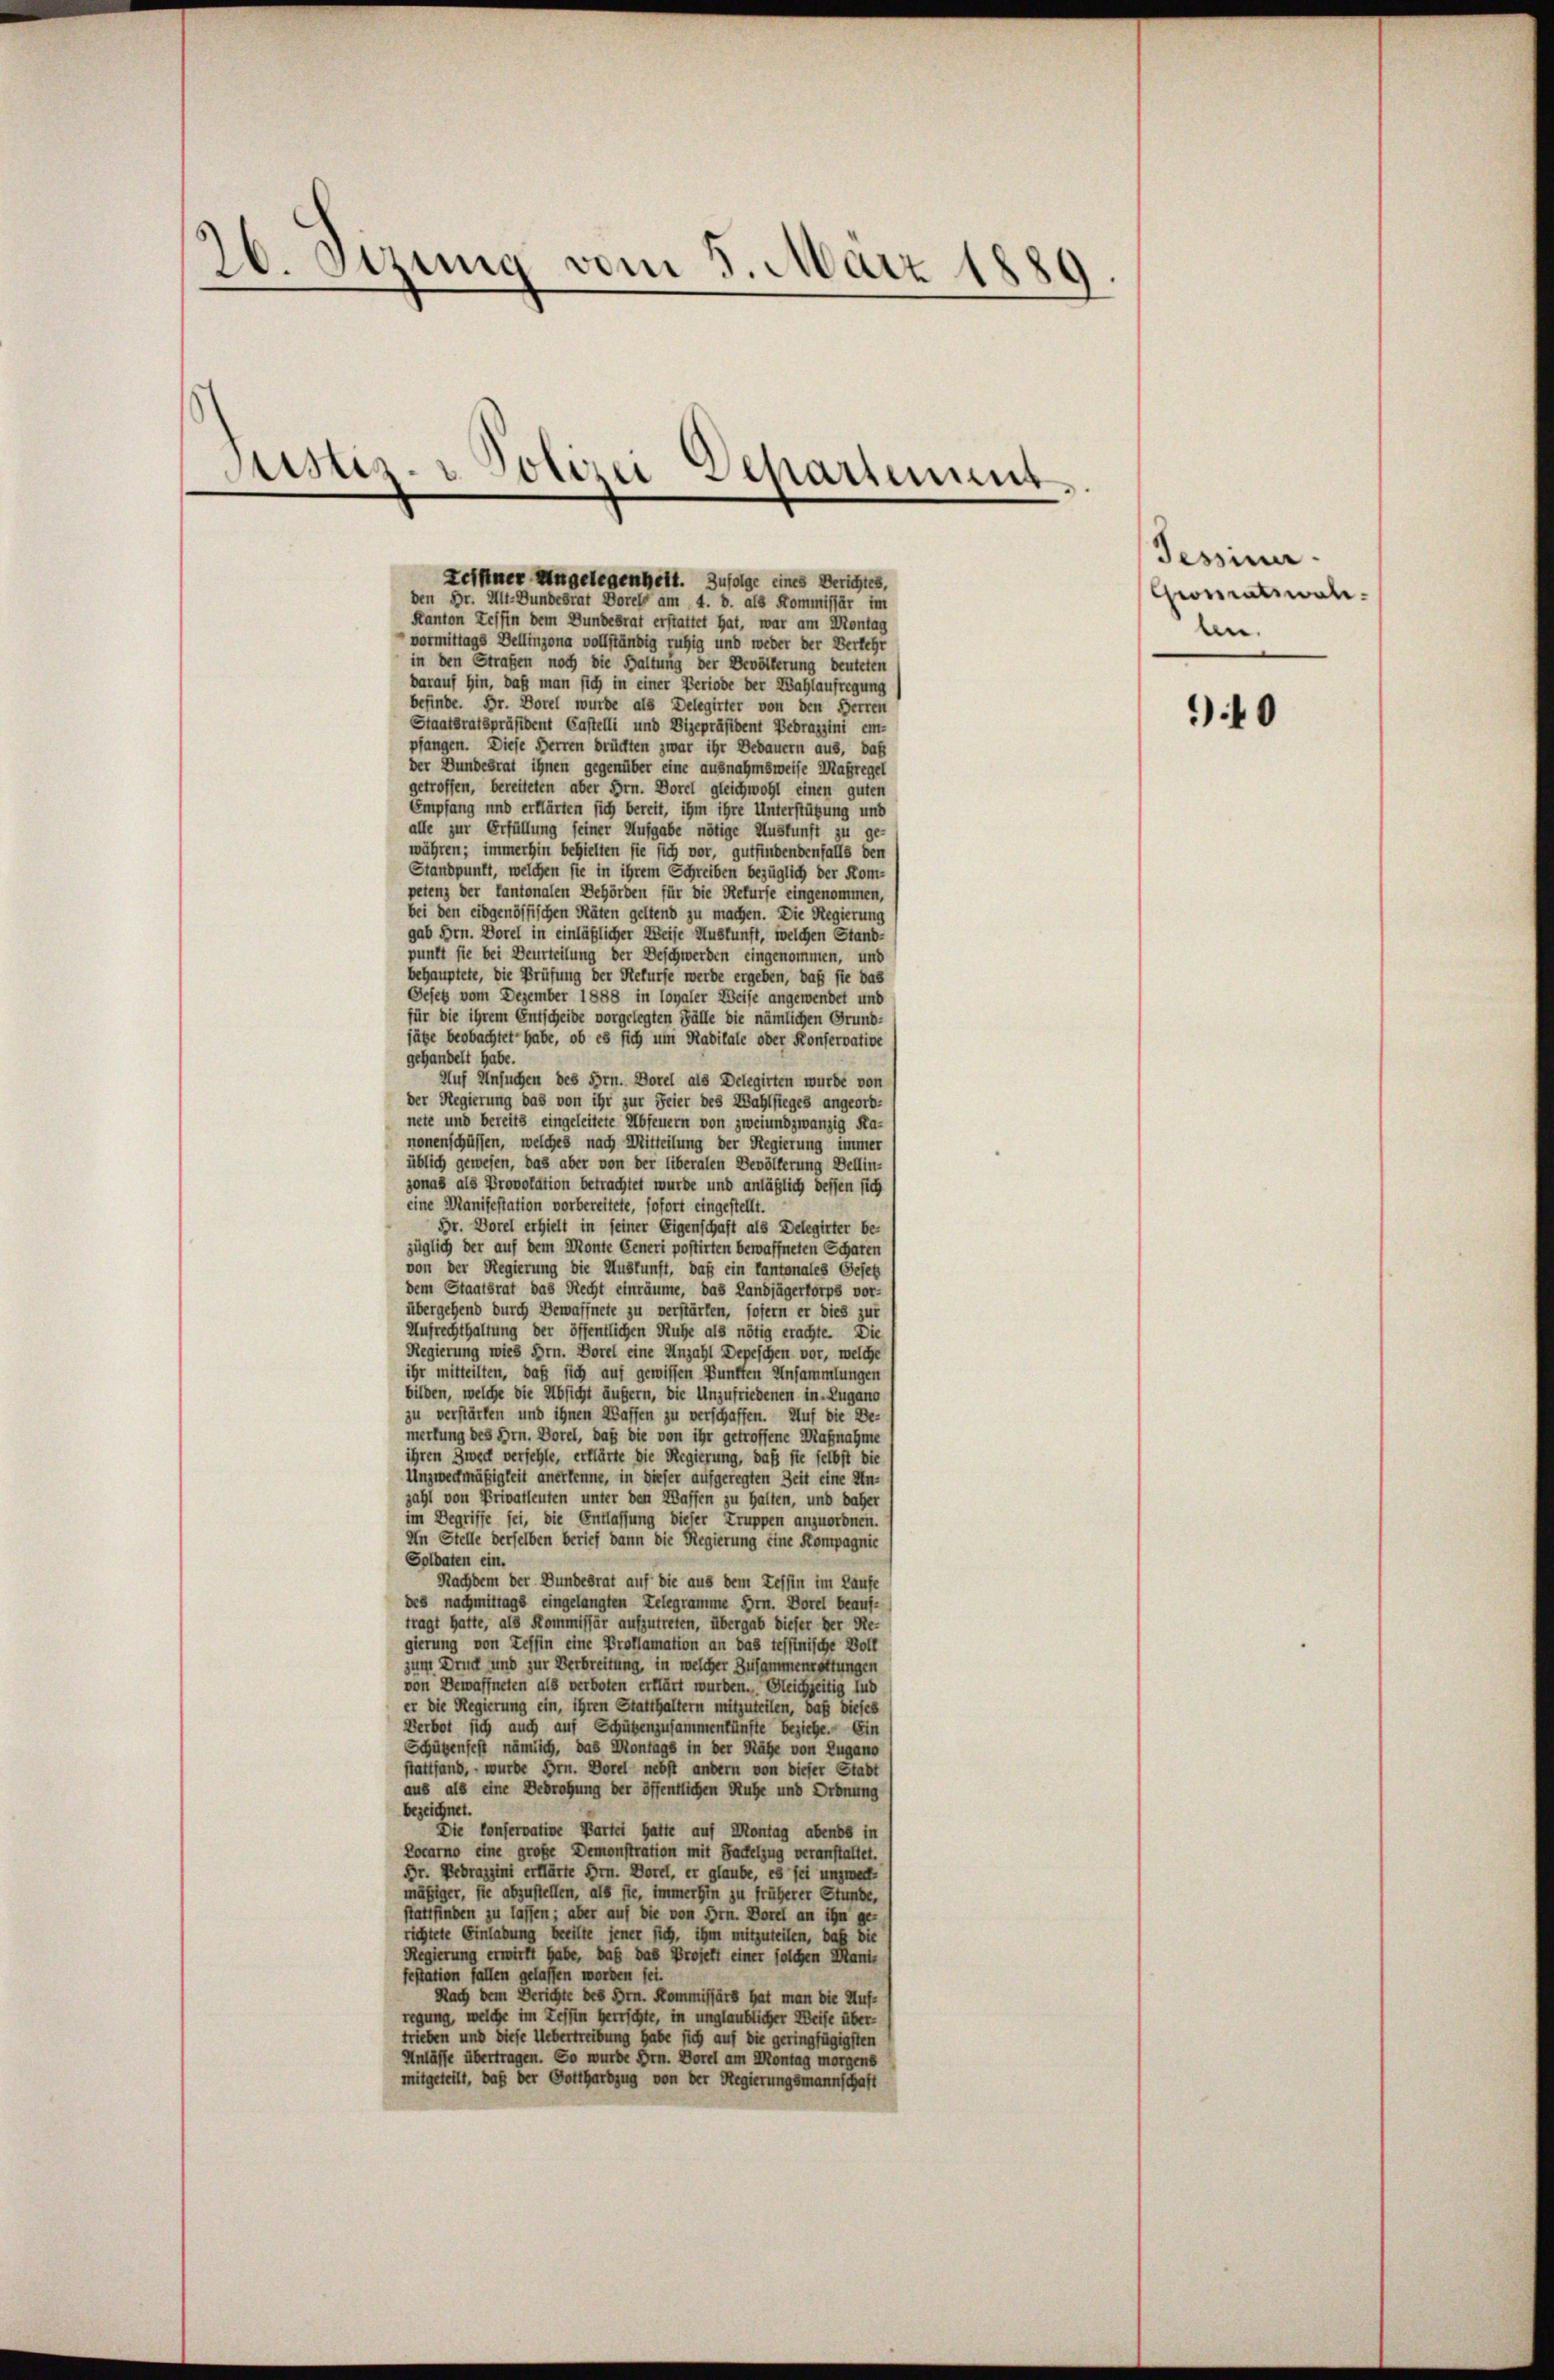
26. Sizung vom 5. März 1889.

Sistiz- & Polizei Scharsammt.

Leiner Angelegenheit. Zufolge eines Berichtes,
den Gr. Alt-Bundesrat Borel am 4. b. als Kommissär im
Kanton Tessin dem Bundesrat erstattet hat, war am Montag
vormittags Dellinzona vollständig ruhig und weder der Verkehr
in den Straßen noch die Haltung der Bevölkerung deuteten
darauf hin, daß man sich in einer Periode der Wahlaufregung
befinde. Dr. Dorel wurde als Delegirter von den Herren
Staatsratspräsident Castelli und Vizepräsident Bedragini ein-
pfangen. Diese Herren drückten zwar ihr Bedauern aus, das
der Bundesrat ihnen gegenüber eine ausnahmsweise Maßregel
getroffen, bereiteten aber Hrn. Dorel gleichwohl einen guten
Empfang und erklärten sich bereit, ihm ihre Unterstützung und
alle zur Erfüllung seiner Aufgabe nötige Auskunft zu ge-
währen; immerhin behielten sie sich vor, gutfindendenfalls den
Standpunkt, welchen sie in ihrem Schreiben bezüglich der Kom-
petenz der Cantonalen Behörden für die Refurfe eingenommen,
bei den eidgenössischen Räten geltend zu machen. Die Regierung
gab Hrn. Dorel in einläßlicher Weise Auskunft, welchen Stand-
punkt sie bei Beurteilung der Deschwerden eingenommen, und
behauptete, die Prüfung der Rekurse werde ergeben, daß sie das
Gesetz vom Dezember 1888 in loyaler Weise angewendet und
für die ihrem Entscheide vorgelegten Fälle die nämlichen Grund-
jäbe beobachtet habe, ob es sich um Radilate oder Konservative
gehandelt habe.
Auf Ansuchen des Hrn. Borel als Delegirten wurde von
der Regierung das von ihr zur Feier des Wahlsteges angeord-
nete und bereits eingeleitete Abfeuern von zweiundzwanzig Ka-
nonenschüssen, welches nach Mitteilung der Regierung immer
üblich gewesen, das aber von der liberalen Bevölkerung Dellin-
jonas als Provolation betrachtet wurde und anläßlich dessen sich
eine Manifestation vorbereitete, sofort eingestellt.
Fr. Dorel erhielt in seiner Eigenschaft als Delegüter be-
züglich der auf dem Monte Generi postirten bewaffneten Scharen
von der Regierung die Auskunft, daß ein Cantonales Gesetz
dem Staatsrat das Recht einräume, das Landjägerkorps vor-
übergehend durch Bewaffnete zu verstärken, sofern er dies zur
Aufrechthaltung der öffentlichen Ruhe als nötig erachte. Die
Regierung wies Hrn. Borel eine Anzahl Depeschen vor, welche
ihr mitteilten, daß sich auf gewissen Punkten Ansammlungen
bilden, welche die Absicht äußern, die Unzufriedenen in Lugano
zu verstärken und ihnen Waffen zu verschaffen. Auf die De-
merkung des Hrn. Dorel, daß die von ihr getroffene Maßnahme
ihren Zweck verfehle, erklärte die Regierung, daß sie selbst die
Unzweckmäßigkeit anerkenne, in dieser aufgeregten Zeit eine Unzahl von Privatleuten unter den Waffen zu halten, und daher
im Begriffe sei, die Entlassung dieser Truppen anzuordnen.
An Stelle derselben berief dann die Regierung eine Kompagnie
Solbaten ein.
Nachdem der Bundesrat auf die aus dem Tessin im Laufe
des nachmittags eingelangten Telegramme Hrn. Borel beauf-
tragt hatte, als Kommissär aufzutreten, übergab dieser der Re-
gierung von Teffin eine Proklamation an das teffinische Voll
zum Druck und zur Verbreitung, in welcher Zusammenrettungen
von Bewaffneten als verboten erklärt wurden. Gleichzeitig Lud
er die Regierung ein, ihren Statthaltern mitzuteilen, daß dieses
Verbot sich auch auf Schübenzusammenkünfte beziehe. Ein
Schübenfest nämlich, das Montags in der Nähe von Lugano
stattfand, – wurde Hrn. Dorel nebst andern von dieser Stadt
aus als eine Bedrohung der öffentlichen Ruhe und Ordnung
bezeichnet.
Die Conservative Partei hatte auf Montag abends in
Locarno eine große Demonstration mit Fackelzug veranstattet.
Dr. Pebrazzini erklärte Hrn. Dorel, er glaube, es sei unzweck-
mäßiger, sie abzustellen, als sie, immerhin zu früherer Stunde,
stattfinden zu lassen; aber auf die von Hrn. Dorel an ihn ge-
richtete Einladung beritte jener sich, ihm mitzuteilen, daß die
Regierung erwirft habe, daß das Projekt einer solchen Mani-
festation fallen gelassen worden sei.
Nach dem Berichte des Hrn. Kommissärs hat man die Auf-
regung, welche im Leffen Herrschte, in unglaublicher Weise über-
trieben und diese Uebertreibung habe sich auf die geringfügigsten
Anlässe übertragen. So wurde Hrn. Dorel am Montag morgens
mitgeteilt, daß der Gottharbzug von der Regierungsmannschaft

Tessiner.
Gomatswaln.

940